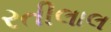
રતીલાલ